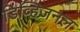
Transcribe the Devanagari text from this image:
डिव्हिजनल